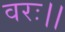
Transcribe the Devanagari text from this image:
वरः।।